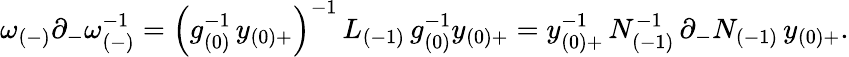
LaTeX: \omega_{(-)}\partial_{-}\omega_{(-)}^{-1}=\left(g_{(0)}^{-1}\, y_{(0)+}\right)^{-1}\, L_{(-1)}\, g_{(0)}^{-1}y_{(0)+}=y_{(0)+}^{-1}\, N_{(-1)}^{-1}\, \partial_{-}N_{(-1)}\, y_{(0)+}.